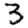
Digit: 3